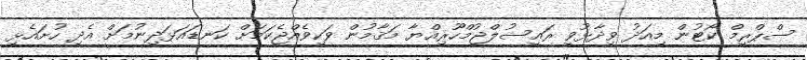
ސްޕްރީމް ކޯޓުން މިއަދު ވިދާޅުވީ ރައީސުލްޖުމްހޫރިއްޔާ މަޤާމުން ވަކިވެއްޖެކަމަށް ކަނޑައަޅަދިނުމަށް އެދި ހުށައެޅި